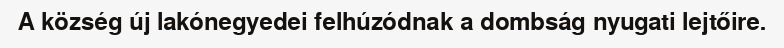
A község új lakónegyedei felhúzódnak a dombság nyugati lejtőire.